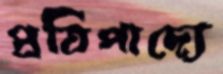
প্রতিপাদ্যে